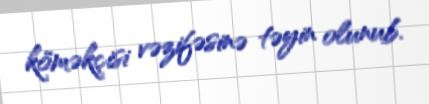
köməkçisi vəzifəsinə təyin olunub.